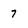
Character: 7